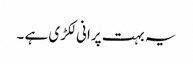
یہ بہت پرانی لکڑی ہے ۔